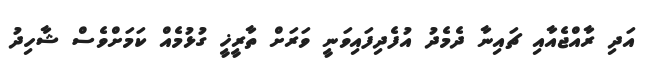
އަދި ރާއްޖެއާއި ޗައިނާ ދެމެދު އުފެދިފައިވަނީ ވަރަށް ތާރީޚީ ގުޅުމެއް ކަމަށްވެެސް ޝާހިދު